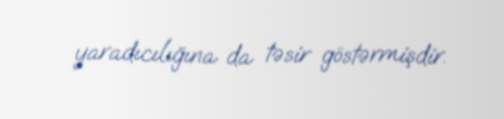
yaradıcılığına da təsir göstərmişdir.